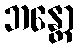
ဘန္တော